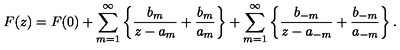
F ( z ) = F ( 0 ) + \sum _ { m = 1 } ^ { \infty } \left\{ \frac { b _ { m } } { z - a _ { m } } + \frac { b _ { m } } { a _ { m } } \right\} + \sum _ { m = 1 } ^ { \infty } \left\{ \frac { b _ { - m } } { z - a _ { - m } } + \frac { b _ { - m } } { a _ { - m } } \right\} .